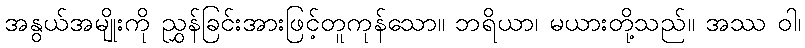
အနွယ်အမျိုးကို ညွှန်ခြင်းအားဖြင့်တူကုန်သော။ ဘရိယာ၊ မယားတို့သည်။ အဿ ဝါ၊